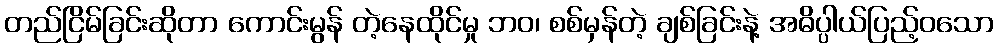
တည်ငြိမ်ခြင်းဆိုတာ ကောင်းမွန် တဲ့နေထိုင်မှု ဘဝ၊ စစ်မှန်တဲ့ ချစ်ခြင်းနဲ့ အဓိပ္ပါယ်ပြည့်ဝသော